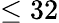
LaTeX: \le 32